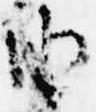
由